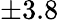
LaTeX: \pm 3.8